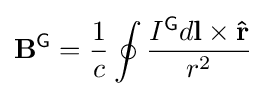
\mathbf {B} ^{\textsf {G}}={\frac {1}{c}}\oint {\frac {I^{\textsf {G}}d\mathbf {l} \times \mathbf {\hat {r}} }{r^{2}}}